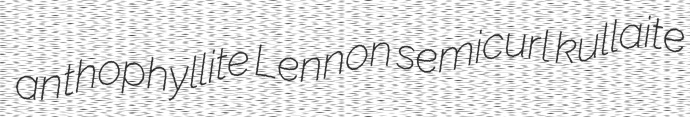
anthophyllite Lennon semicurl kullaite